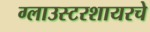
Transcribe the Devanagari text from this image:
ग्लाउस्टरशायरचे